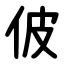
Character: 佊